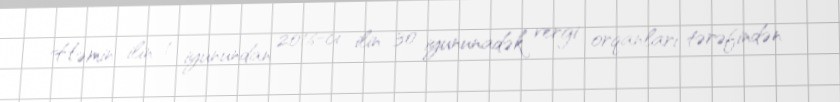
Həmin ilin 1 iyunundan 2016-cı ilin 30 iyununadək vergi orqanları tərəfindən